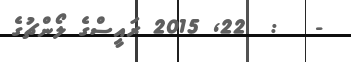
-   :  22